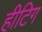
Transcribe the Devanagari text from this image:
हीटिग